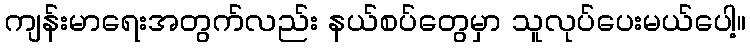
ကျန်းမာရေးအတွက်လည်း နယ်စပ်တွေမှာ သူလုပ်ပေးမယ်ပေါ့။